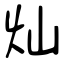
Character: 灿